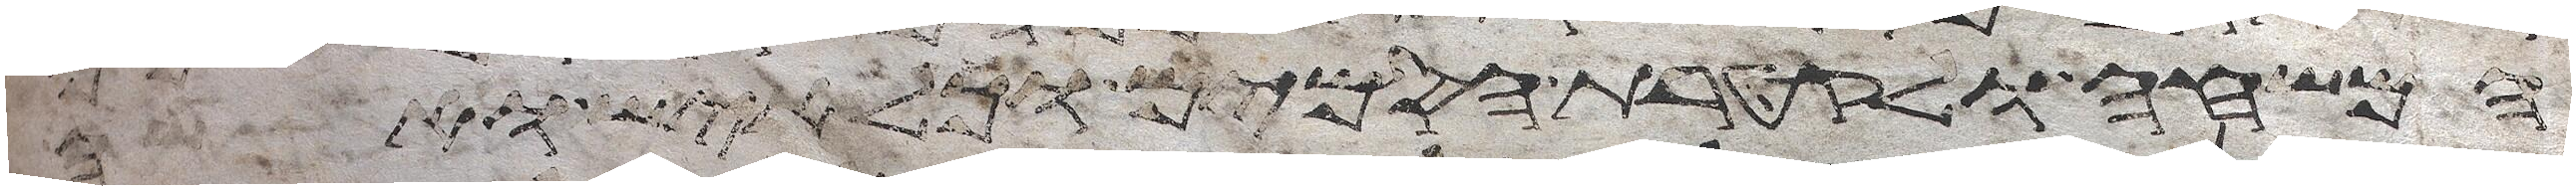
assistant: המשחה ולקטרת הסמים וכל איש ואשה